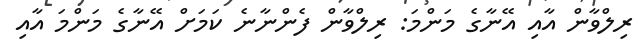
ރިލްވާން އާއި އޭނާގެ މަންމަ: ރިލްވާން ފެންނާނެ ކަމަށް އޭނާގެ މަންމަ އާއި